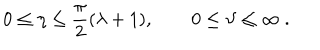
0 \le \eta \le \frac { \pi } { 2 } ( \lambda + 1 ) , \qquad 0 \le \vartheta \le \infty \ .